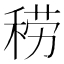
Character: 𱶐